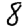
Digit: 8